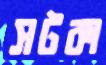
সটকা